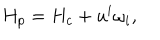
LaTeX: H _ { p } = H _ { c } + u ^ { i } \omega _ { i } ,